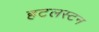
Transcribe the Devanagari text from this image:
हटलस्टन